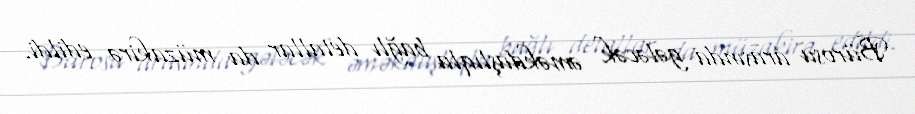
Bürosu arasında gələcək əməkdaşlıqla bağlı detallar da müzakirə edildi.